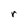
Character: r